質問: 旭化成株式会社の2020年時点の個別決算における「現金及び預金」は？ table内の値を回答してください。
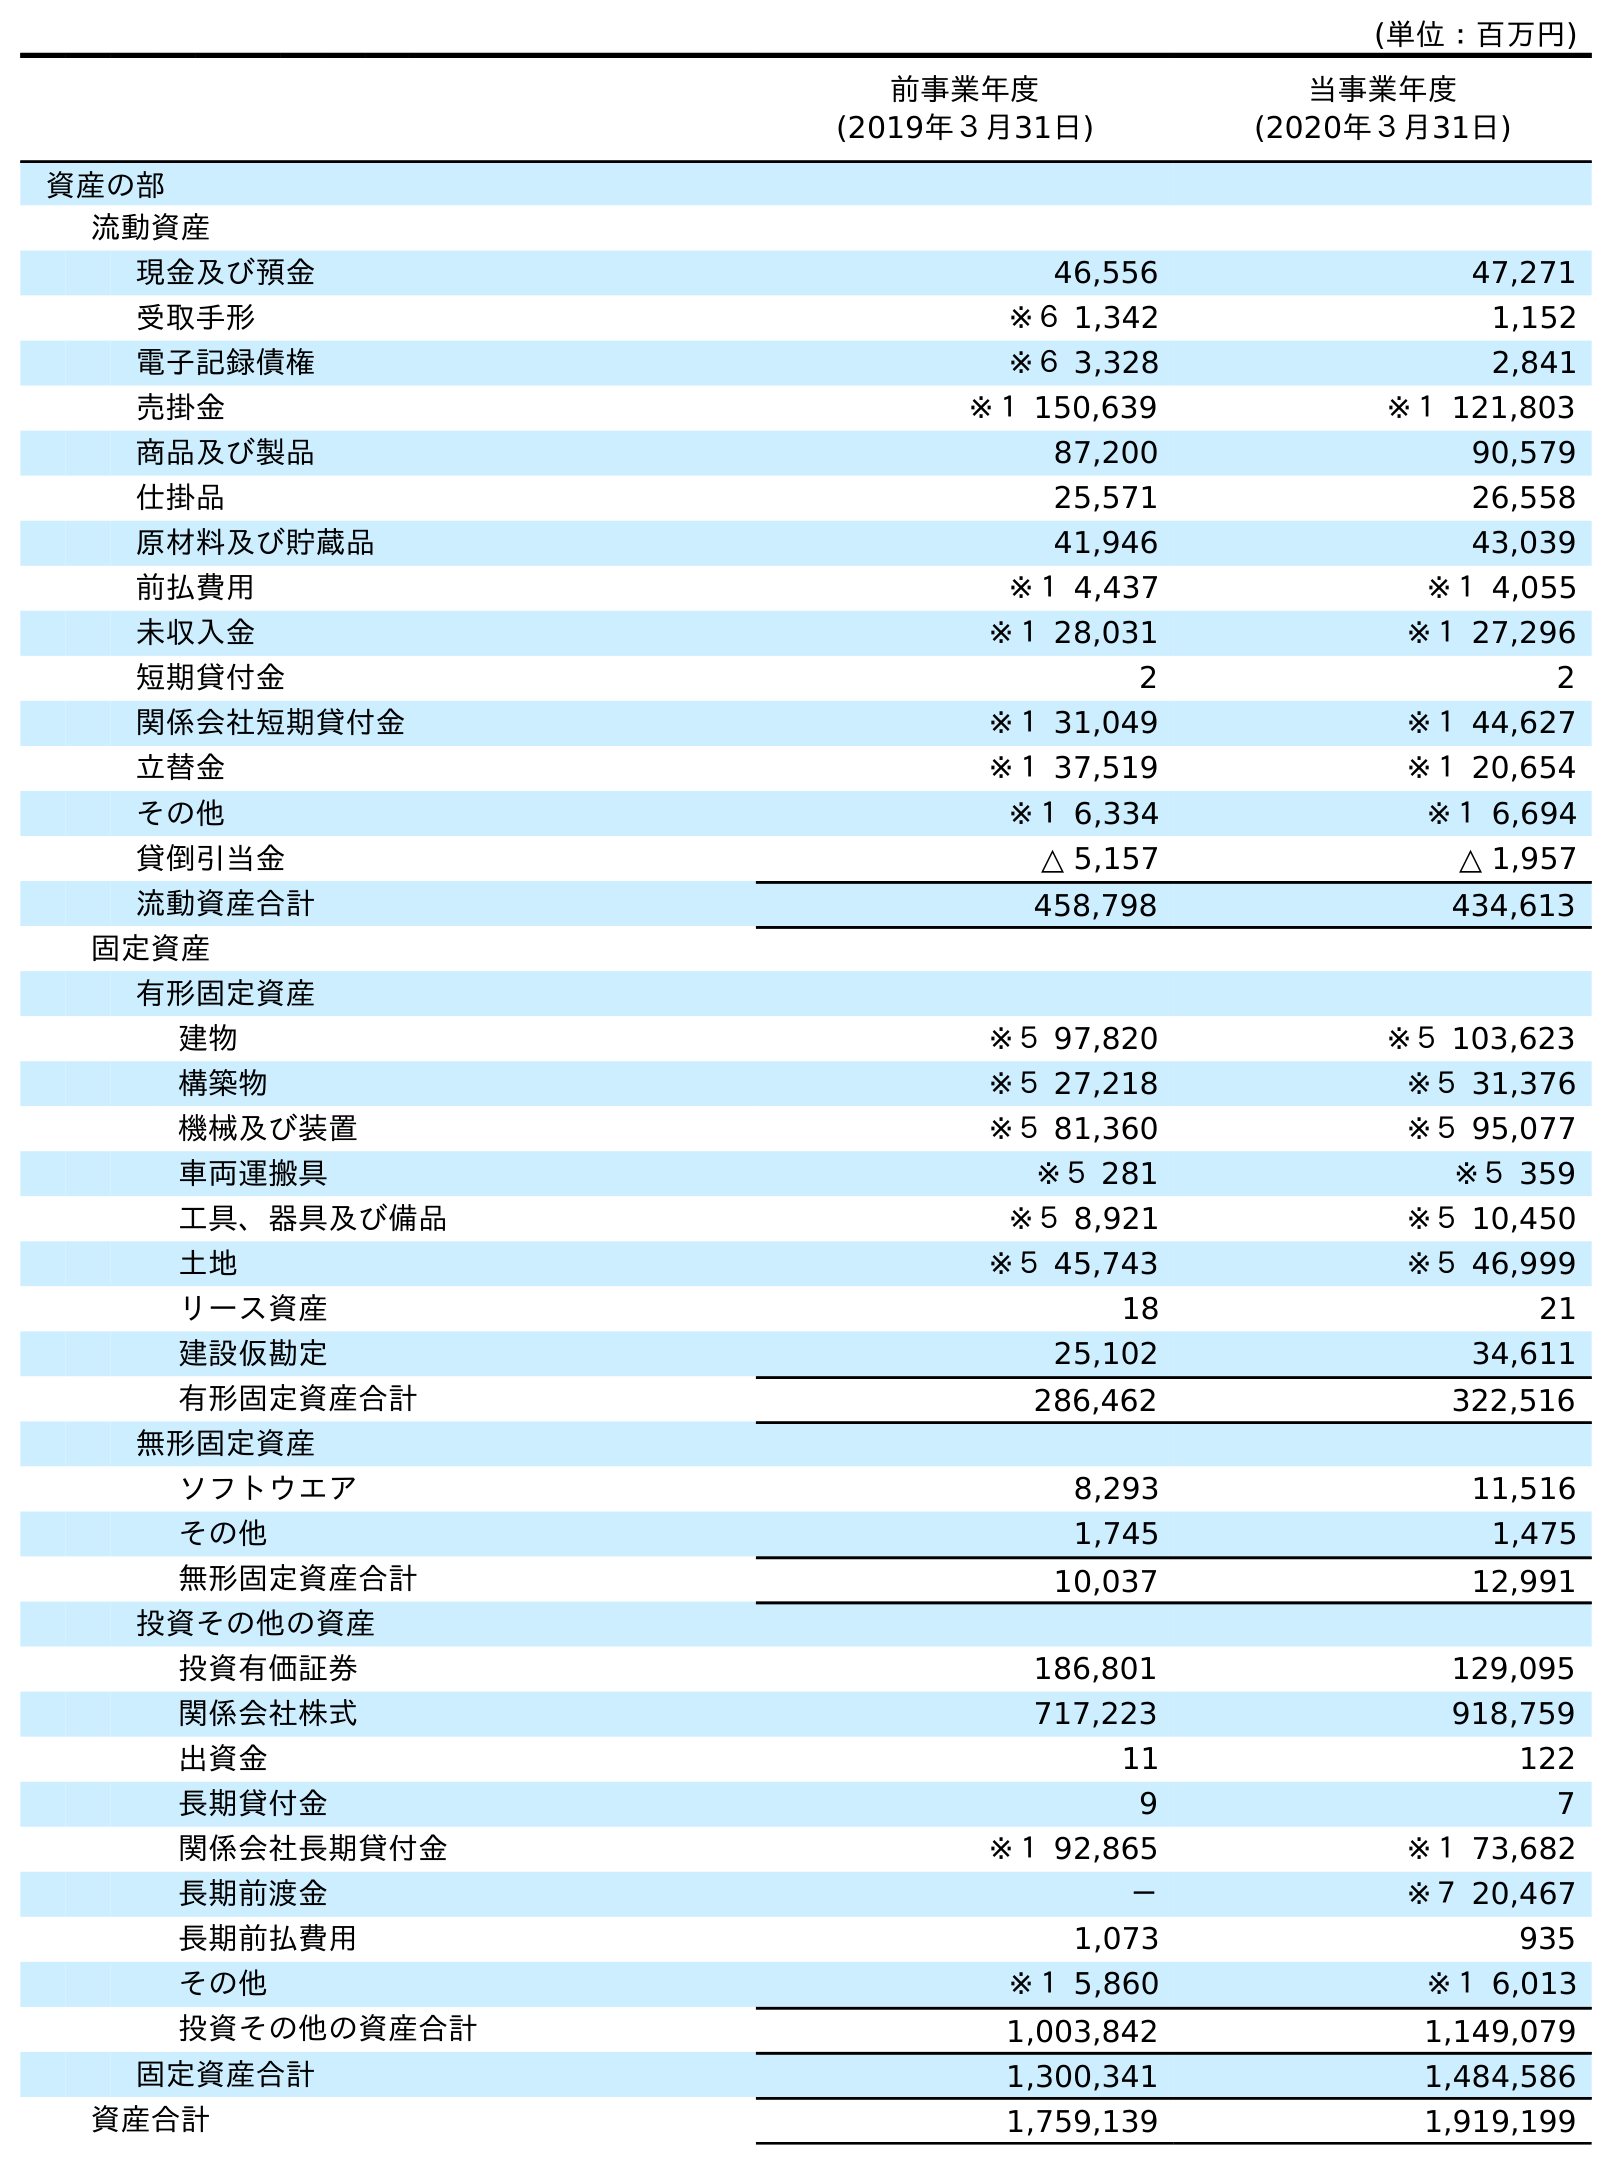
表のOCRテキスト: (単位：百万円) 前事業年度 (2019年３月31日) 当事業年度 (2020年３月31日) 資産の部 流動資産 現金及び預金 46,556 47,271 受取手形 ※６ 1,342 1,152 電子記録債権 ※６ 3,328 2,841 売掛金 ※１ 150,639 ※１ 121,803 商品及び製品 87,200 90,579 仕掛品 25,571 26,558 原材料及び貯蔵品 41,946 43,039 前払費用 ※１ 4,437 ※１ 4,055 未収入金 ※１ 28,031 ※１ 27,296 短期貸付金 2 2 関係会社短期貸付金 ※１ 31,049 ※１ 44,627 立替金 ※１ 37,519 ※１ 20,654 その他 ※１ 6,334 ※１ 6,694 貸倒引当金 △ 5,157 △ 1,957 流動資産合計 458,798 434,613 固定資産 有形固定資産 建物 ※５ 97,820 ※５ 103,623 構築物 ※５ 27,218 ※５ 31,376 機械及び装置 ※５ 81,360 ※５ 95,077 車両運搬具 ※５ 281 ※５ 359 工具、器具及び備品 ※５ 8,921 ※５ 10,450 土地 ※５ 45,743 ※５ 46,999 リース資産 18 21 建設仮勘定 25,102 34,611 有形固定資産合計 286,462 322,516 無形固定資産 ソフトウエア 8,293 11,516 その他 1,745 1,475 無形固定資産合計 10,037 12,991 投資その他の資産 投資有価証券 186,801 129,095 関係会社株式 717,223 918,759 出資金 11 122 長期貸付金 9 7 関係会社長期貸付金 ※１ 92,865 ※１ 73,682 長期前渡金 － ※７ 20,467 長期前払費用 1,073 935 その他 ※１ 5,860 ※１ 6,013 投資その他の資産合計 1,003,842 1,149,079 固定資産合計 1,300,341 1,484,586 資産合計 1,759,139 1,919,199
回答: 47,271